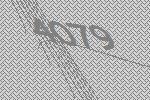
4079